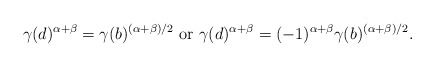
\begin{align*} \gamma(d)^{\alpha+\beta}= \gamma(b)^{(\alpha+\beta)/2}\ \hbox{or}\ \gamma(d)^{\alpha+\beta}=(-1)^{\alpha+\beta}\gamma(b)^{(\alpha+\beta)/2}.\end{align*}